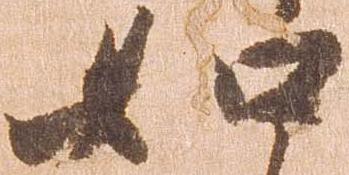
如